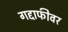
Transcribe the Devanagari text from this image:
गद्दाफीवर